Treatise on elephants
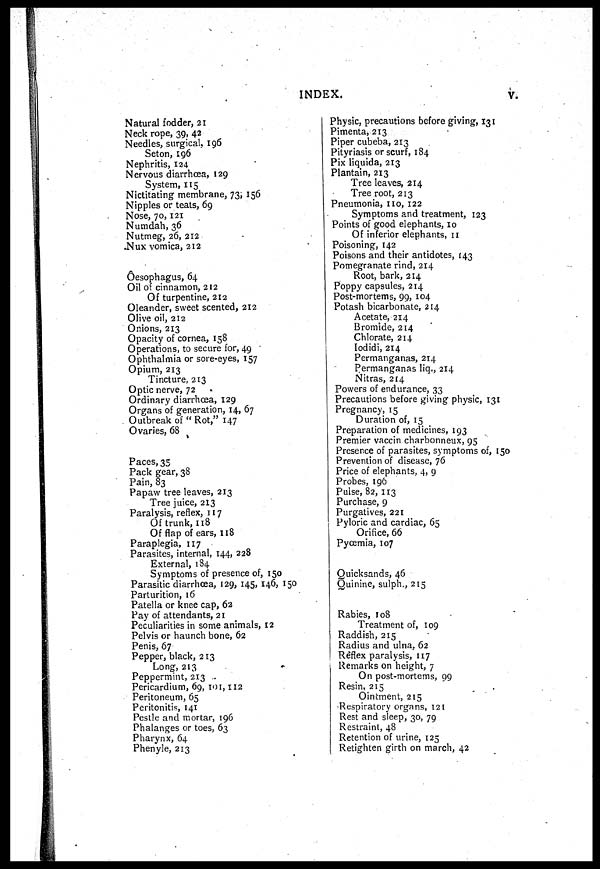
INDEX.
v.
Natural fodder, 21
Neck rope, 39, 42
Needles, surgical, 196
Seton, 196
Nephritis, 124
Nervous diarrhœa, 129
System, 115
Nictitating membrane, 73; 156
Nipples or teats, 69
Nose, 70,121
Numdah, 36
Nutmeg, 26, 212
Nux vomica, 212
Ôesophagus, 64
Oil of cinnamon, 212
Of turpentine, 212
Oleander, sweet scented, 212
Olive oil, 212
Onions, 213
Opacity of cornea, 158
Operations, to secure for, 49
Ophthalmia or sore-eyes, 157
Opium, 213
Tincture, 213
Optic nerve, 72
Ordinary diarrhœa, 129
Organs of generation, 14, 67
Outbreak of " Rot," 147
Ovaries, 68
Paces, 35
Pack gear, 38
Pain, 83
Papaw tree leaves, 213
Tree juice, 213
Paralysis, reflex, 117
Of trunk, 118
Of flap of ears, 118
Paraplegia, 117
Parasites, internal, 144, 228
External, 184
Symptoms of presence of, 150
Parasitic diarrhœa, 129, 145,146, 150
Parturition, 16
Patella or knee cap, 62
Pay of attendants, 21
Peculiarities in some animals, 12
Pelvis or haunch bone, 62
Penis, 67
Pepper, black, 213
Long, 213
Peppermint, 213
Pericardium, 69, (1) 1,112
Peritoneum, 65
Peritonitis, 141
Pestle and mortar, 196
Phalanges or toes, 63
Pharynx, 64
Phenyle, 213
Physic, precautions before giving, 131
Pimenta, 213
Piper cubeba,213
Pityriasis or scurf, 184
Pix liquida, 213
Plantain, 213
Tree leaves, 214
Tree root, 213
Pneumonia, 110, 122
Symptoms and treatment, 123
Points of good elephants, 10
Of inferior elephants, n
Poisoning, 142
Poisons and their antidotes, 143
Pomegranate rind, 214
Root, bark, 214
Poppy capsules, 214
Post-mortems, 99, 104
Potash bicarbonate, 214
Acetate, 214
Bromide, 214
Chlorate, 214
Iodidi, 214
Permanganas, 214
Permanganas liq., 214
Nitras, 214
Powers of endurance, 33
Precautions before giving physic, 131
Pregnancy, 15
Duration of, 15
Preparation of medicines, 193
Premier vaccin charbonneux, 95
Presence of parasites, symptoms of, 150
Prevention of disease, 76
Price of elephants, 4, 9
Probes, 196
Pulse, 82, 113
Purchase, 9
Purgatives, 221
Pyloric and cardiac, 65
Orifice, 66
Pyœmia, 107
Quicksands, 46
Quinine, sulph., 215
Rabies, 108
Treatment of, 109
Raddish, 215
Radius and ulna, 62
Reflex paralysis, 117
Remarks on height, 7
On post-mortems, 99
Resin, 215
Ointment, 215
Respiratory organs, 121
Rest and sleep, 30, 79
Restraint, 48
Retention of urine, 125
Retighten girth on march, 42